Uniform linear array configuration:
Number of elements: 32
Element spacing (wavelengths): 0.75
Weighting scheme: binomial
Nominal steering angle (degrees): -15
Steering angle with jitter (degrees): -13.184
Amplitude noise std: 0.05
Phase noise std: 0.05

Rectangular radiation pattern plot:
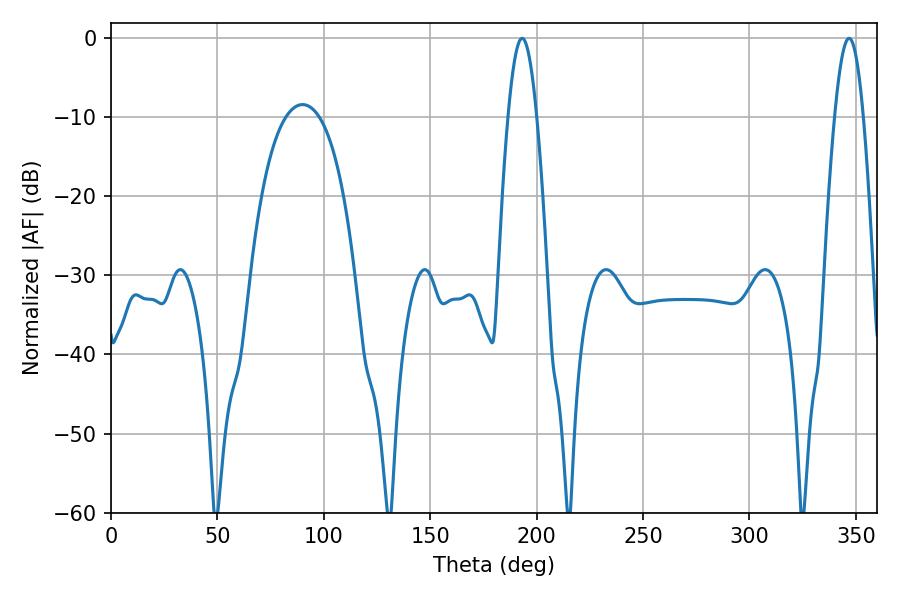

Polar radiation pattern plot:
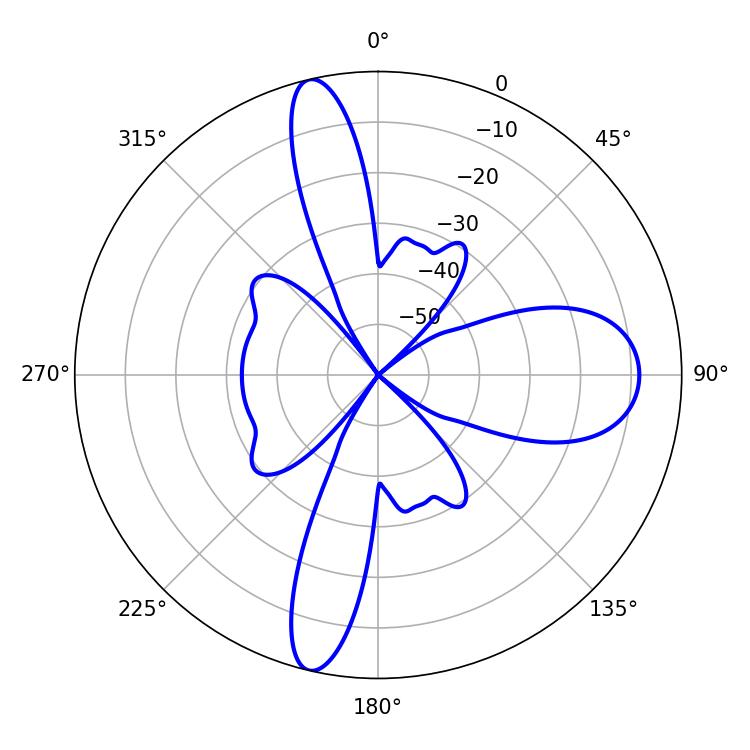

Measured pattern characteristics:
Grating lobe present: TRUE
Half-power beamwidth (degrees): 7.38
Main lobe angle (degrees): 193.14